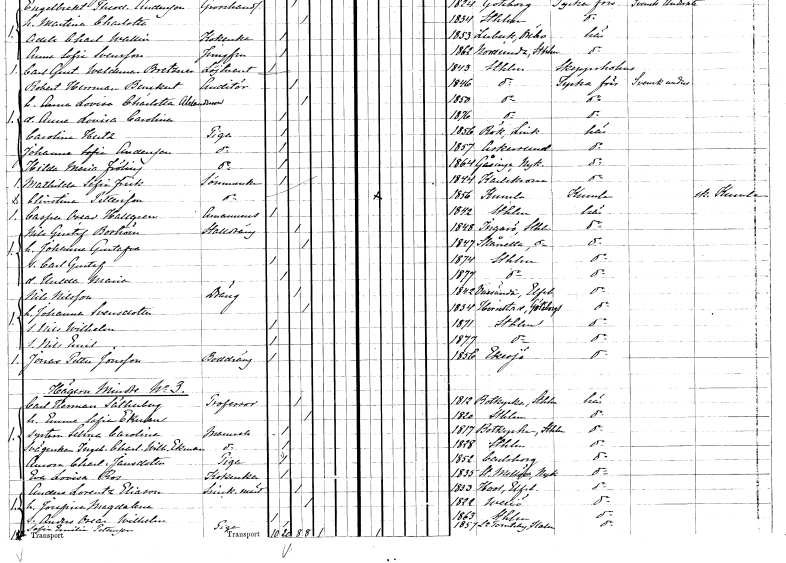
gt_parse: households: individuals: FN: Robert Herman
EN: Benckert
YRKE: Auditör
KON: M
CIV: G
FODAR: 1846
FODFORS: Stockholm
FN: Anna Lovisa Charlotta
EN: Alexandersson
KON: K
CIV: G
FODAR: 1850
FODFORS: Stockholm
FN: Anna Lovisa Carolina
KON: K
CIV: O
FODAR: 1876
FODFORS: Stockholm
FN: Carolina
EN: Hertz
YRKE: Piga
KON: K
CIV: O
FODAR: 1856
FODFORS: Rök Östergötlands län
FN: Johanna Sofia
EN: Andersson
YRKE: Piga
KON: K
CIV: O
FODAR: 1857
FODFORS: Askersund Örebro län
FN: Hilda Maria
EN: Fröling
YRKE: Piga
KON: K
CIV: O
FODAR: 1864
FODFORS: Gåsinge Södermanlands län
FN: Mathilda Sofia
EN: Frick
YRKE: Sömmerska
KON: K
CIV: O
FODAR: 1844
FODFORS: Karlskrona Blekinge län
FN: Christina
EN: Pettersson
YRKE: Sömmerska
KON: K
CIV: O
FODAR: 1856
FODFORS: Kumla Västmanlands län
FN: Casper Oscar
EN: Hallgren
YRKE: Amanuens
KON: M
CIV: O
FODAR: 1842
FODFORS: Stockholm
FN: Nils Gustaf
EN: Boström
YRKE: Stalldräng
KON: M
CIV: G
FODAR: 1848
FODFORS: Ingarö Stockholms län
FN: Johanna Gustafva
KON: K
CIV: G
FODAR: 1847
FODFORS: Skånela Stockholms län
FN: Carl Gustaf
KON: M
CIV: O
FODAR: 1874
FODFORS: Stockholm
FN: Hulda Maria
KON: K
CIV: O
FODAR: 1877
FODFORS: Stockholm
FN: Nils
EN: Nilsson
YRKE: Dräng
KON: M
CIV: G
FODAR: 1842
FODFORS: Vassända Älvsborgs län
FN: Johanna
EN: Svensdotter
KON: K
CIV: G
FODAR: 1834
FODFORS: Herrestad Göteborgs- och Bohuslän
FN: Nils Wilhelm
KON: M
CIV: O
FODAR: 1871
FODFORS: Stockholm
FN: Nils Emil
KON: M
CIV: O
FODAR: 1877
FODFORS: Stockholm
FN: Jonas Petter
EN: Jonsson
YRKE: Boddräng
KON: M
CIV: O
FODAR: 1856
FODFORS: Eksjö Jönköpings län
FN: Carl Herman
EN: Sätherberg
YRKE: Professor
KON: M
CIV: G
FODAR: 1812
FODFORS: Botkyrka Stockholms län
FN: Emma Sofia
EN: Ekman
KON: K
CIV: G
FODAR: 1820
FODFORS: Stockholm
FN: Selma Carolina
KON: K
CIV: O
FODAR: 1817
FODFORS: Botkyrka Stockholms län
FN: Ingeborg Charlotta Wilhelmina
EN: Ekman
KON: K
CIV: O
FODAR: 1828
FODFORS: Stockholm
FN: Aurora Charlotta
EN: Jansdotter
YRKE: Piga
KON: K
CIV: O
FODAR: 1852
FODFORS: Karlsborg Skaraborgs län
FN: Eva Lovisa
EN: Ros
YRKE: Kokerska
KON: K
CIV: O
FODAR: 1835
FODFORS: Stora Mellösa Örebro län
FN: Anders Lorentz
EN: Eliason
YRKE: Snickaremästare
KON: M
CIV: G
FODAR: 1833
FODFORS: Hol Älvsborgs län
FN: Josefina Magdalena
KON: K
CIV: G
FODAR: 1822
FODFORS: Växjö Kronobergs län
FN: Anders Oscar Wilhelm
KON: M
CIV: O
FODAR: 1863
FODFORS: Stockholm
FN: Sofia Emilia
EN: Pettersson
YRKE: Piga
KON: K
CIV: O
FODAR: 1857
FODFORS: Lilla Tomteby Kalmar län